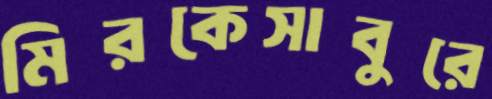
মিরকেসাবুরে